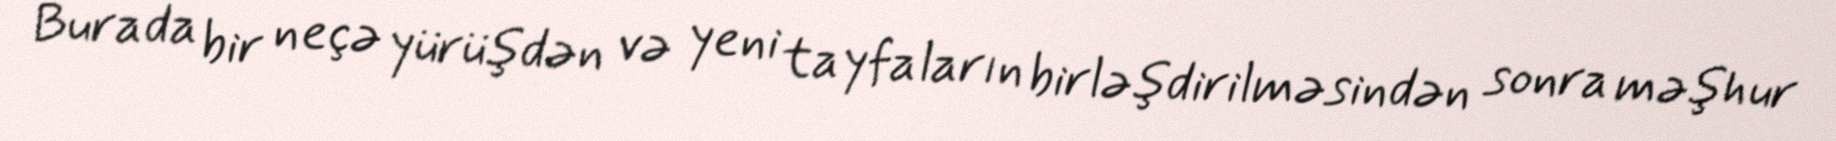
Burada bir neçə yürüşdən və yeni tayfaların birləşdirilməsindən sonra məşhur